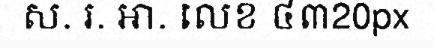
ស. រ. អា. លេខ ៤៣20px